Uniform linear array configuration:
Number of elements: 48
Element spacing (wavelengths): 1
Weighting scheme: hann
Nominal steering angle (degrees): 60
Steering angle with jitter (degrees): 58.233
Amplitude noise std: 0.05
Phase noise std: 0.05

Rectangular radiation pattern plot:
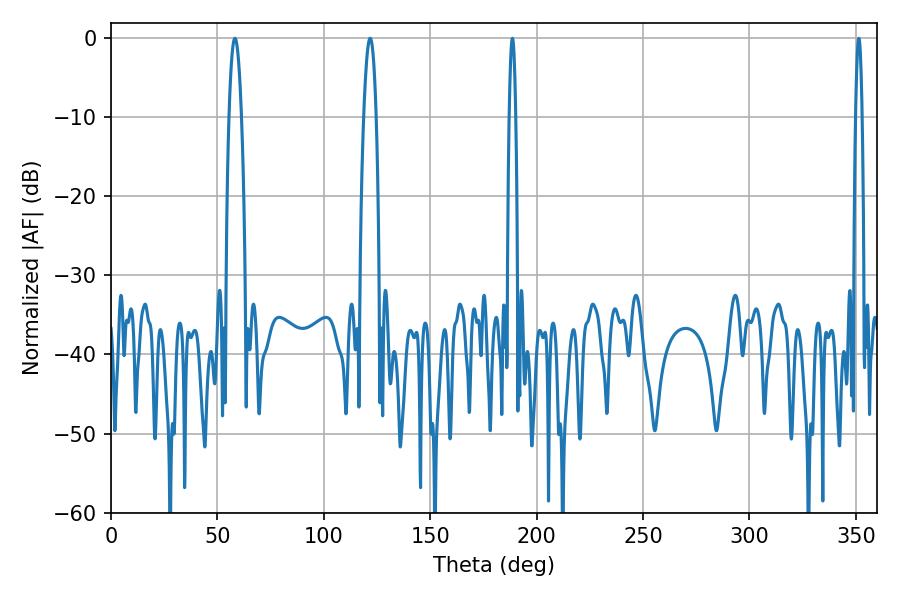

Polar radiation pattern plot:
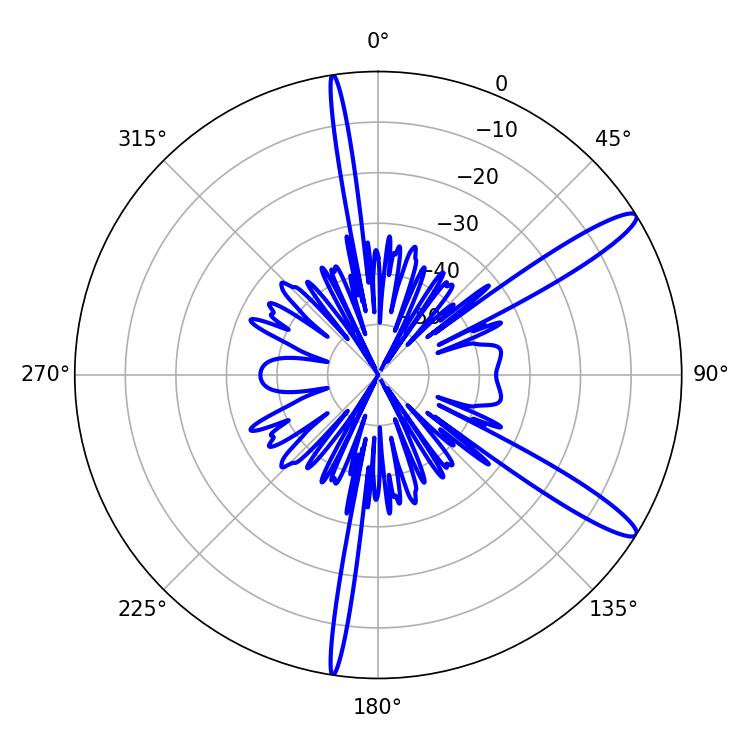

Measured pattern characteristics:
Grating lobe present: TRUE
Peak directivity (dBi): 13.253
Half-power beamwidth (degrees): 1.62
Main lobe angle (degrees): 351.36